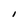
Character: I